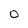
Character: o